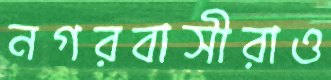
নগরবাসীরাও